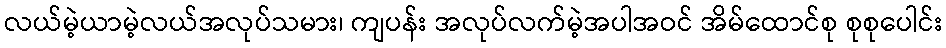
လယ်မဲ့ယာမဲ့လယ်အလုပ်သမား၊ ကျပန်း အလုပ်လက်မဲ့အပါအဝင် အိမ်ထောင်စု စုစုပေါင်း